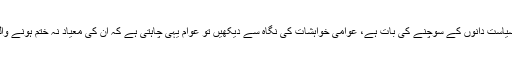
یہ آپ سیاست دانوں کے سوچنے کی بات ہے، عوامی خواہشات کی نگاہ سے دیکھیں تو عوام یہی چاہتی ہے کہ ان کی معیاد نہ ختم ہونے والی ہوں۔